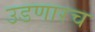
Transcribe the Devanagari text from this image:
उडणारच